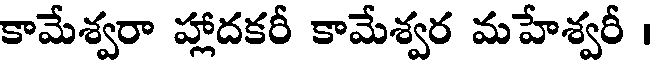
కామేశ్వరా హ్లాదకరీ కామేశ్వర మహేశ్వరీ ।